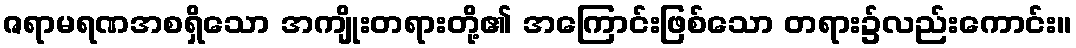
ဇရာမရဏအစရှိသော အကျိုးတရားတို့၏ အကြောင်းဖြစ်သော တရား၌လည်းကောင်း။